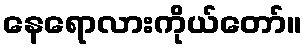
နေရောလားကိုယ်တော်။